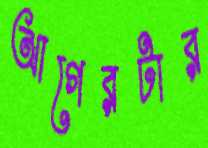
আগেরটার